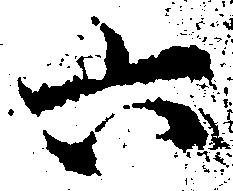
六